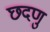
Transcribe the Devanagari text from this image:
छदणु